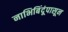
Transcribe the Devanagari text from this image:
नाभिबिंदूंपासून